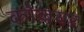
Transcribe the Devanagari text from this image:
कोल्लयर